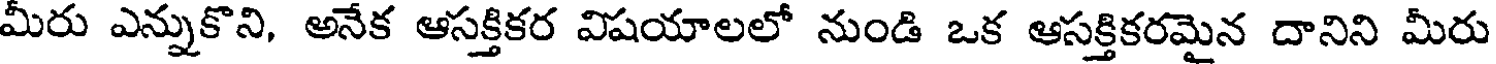
మీరు ఎన్నుకొని, అనేక ఆసక్తికర విషయాలలో నుండి ఒక ఆసక్తికరమైన దానిని మీరు